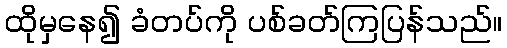
ထိုမှနေ၍ ခံတပ်ကို ပစ်ခတ်ကြပြန်သည်။